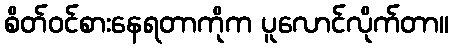
စိတ်ဝင်စားနေရတာကိုက ပူလောင်လိုက်တာ။